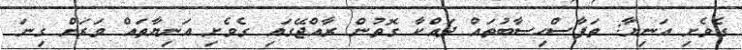
ގެވެށި އަނިޔާ: ތަފާސްހިސާބުތައް ދައްކާ ގޮތުން ރާއްޖޭގައި ގެވެށި އަނިޔާތައް ވަރަށް ގިނަ